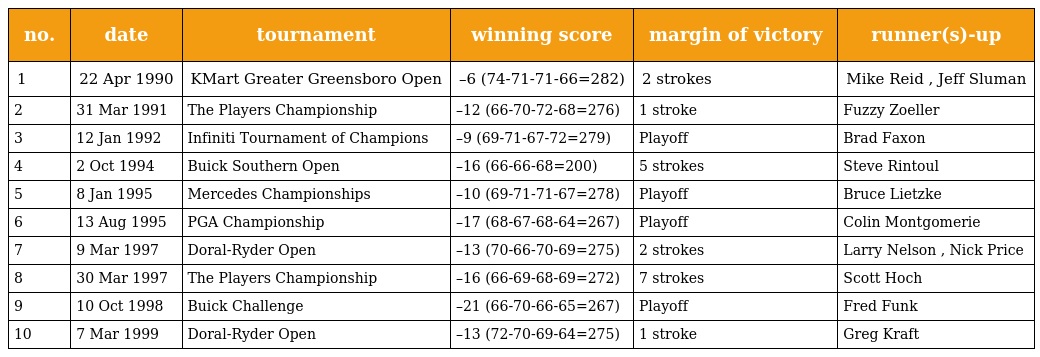
| no. | date | tournament | winning score | margin of victory | runner(s)-up |
 | --- | --- | --- | --- | --- | --- |
 | 1 | 22 Apr 1990 | KMart Greater Greensboro Open | –6 (74-71-71-66=282) | 2 strokes | Mike Reid , Jeff Sluman |
 | 2 | 31 Mar 1991 | The Players Championship | –12 (66-70-72-68=276) | 1 stroke | Fuzzy Zoeller |
 | 3 | 12 Jan 1992 | Infiniti Tournament of Champions | –9 (69-71-67-72=279) | Playoff | Brad Faxon |
 | 4 | 2 Oct 1994 | Buick Southern Open | –16 (66-66-68=200) | 5 strokes | Steve Rintoul |
 | 5 | 8 Jan 1995 | Mercedes Championships | –10 (69-71-71-67=278) | Playoff | Bruce Lietzke |
 | 6 | 13 Aug 1995 | PGA Championship | –17 (68-67-68-64=267) | Playoff | Colin Montgomerie |
 | 7 | 9 Mar 1997 | Doral-Ryder Open | –13 (70-66-70-69=275) | 2 strokes | Larry Nelson , Nick Price |
 | 8 | 30 Mar 1997 | The Players Championship | –16 (66-69-68-69=272) | 7 strokes | Scott Hoch |
 | 9 | 10 Oct 1998 | Buick Challenge | –21 (66-70-66-65=267) | Playoff | Fred Funk |
 | 10 | 7 Mar 1999 | Doral-Ryder Open | –13 (72-70-69-64=275) | 1 stroke | Greg Kraft |